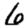
Digit: 6